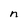
Character: n